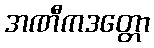
အဏီကဒတ္တော